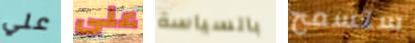
علي على بالسياسة ستسمح